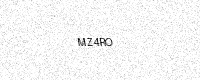
Text: MZ4RO